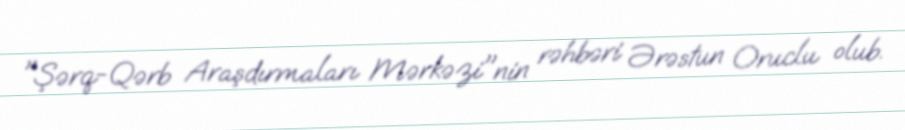
"Şərq-Qərb Araşdırmaları Mərkəzi"nin rəhbəri Ərəstun Oruclu olub.